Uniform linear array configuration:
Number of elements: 8
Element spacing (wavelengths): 0.25
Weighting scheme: cosine
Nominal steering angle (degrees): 45
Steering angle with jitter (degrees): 45.232
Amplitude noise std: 0.05
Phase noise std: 0.05

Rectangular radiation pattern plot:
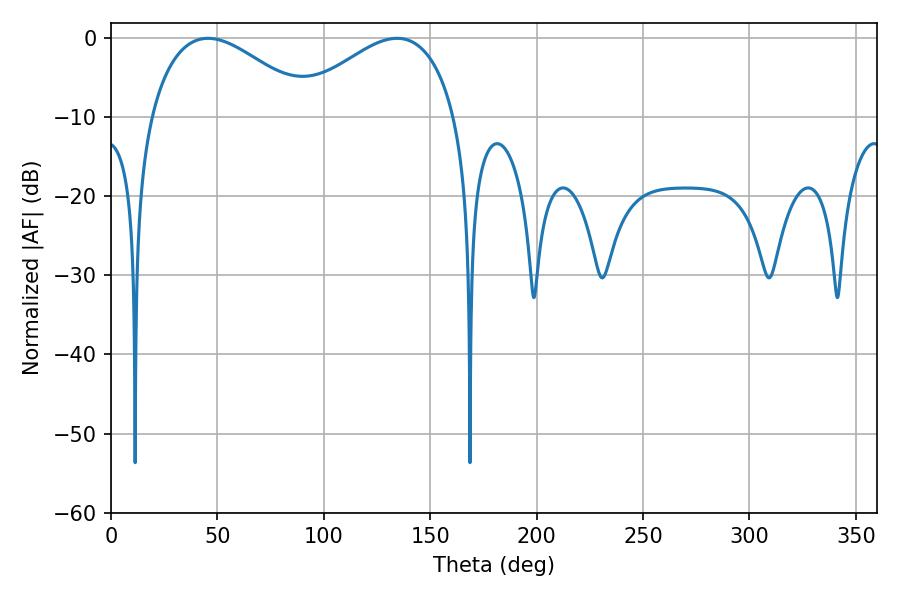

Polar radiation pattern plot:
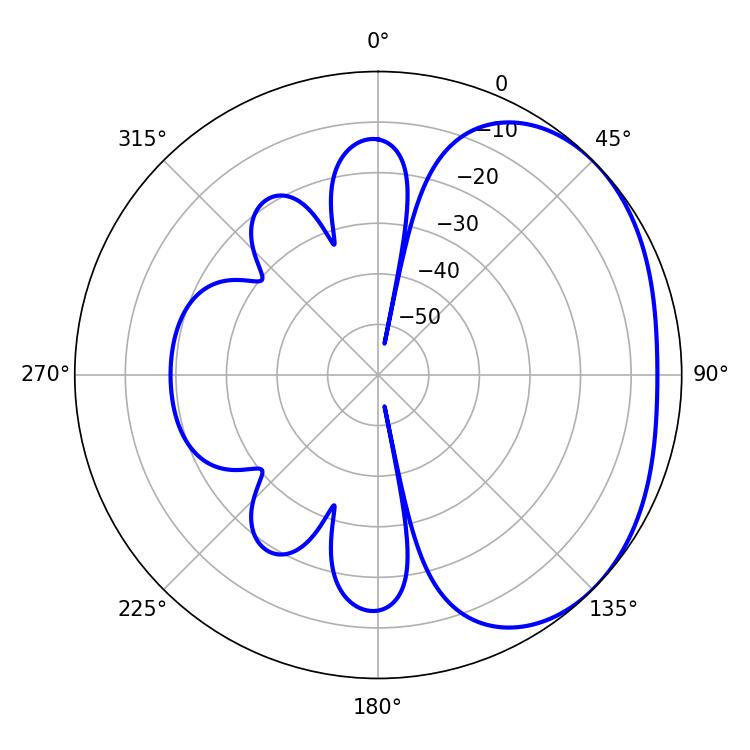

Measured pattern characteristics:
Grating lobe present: FALSE
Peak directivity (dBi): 2.419
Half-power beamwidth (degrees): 41.58
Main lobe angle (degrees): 45.54